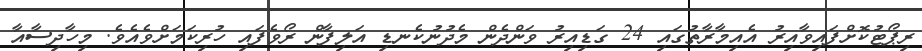
ރިޕޯޓުކޮށްފައިވާއިރު އެއިމާރާތުގައި 24 ގަޑިއިރު ވަންދެން މެދުނުކެނޑި އަލިފާން ރޯވެފައި ހުރިކަމަށްވެއެވެ. މިހާދިސާއާ